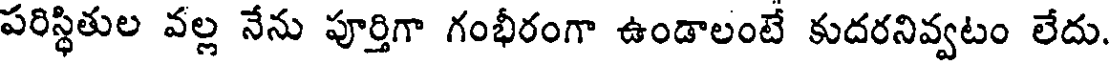
పరిస్థితుల వల్ల నేను పూర్తిగా గంభీరంగా ఉండాలంటే కుదరనివ్వటం లేదు.